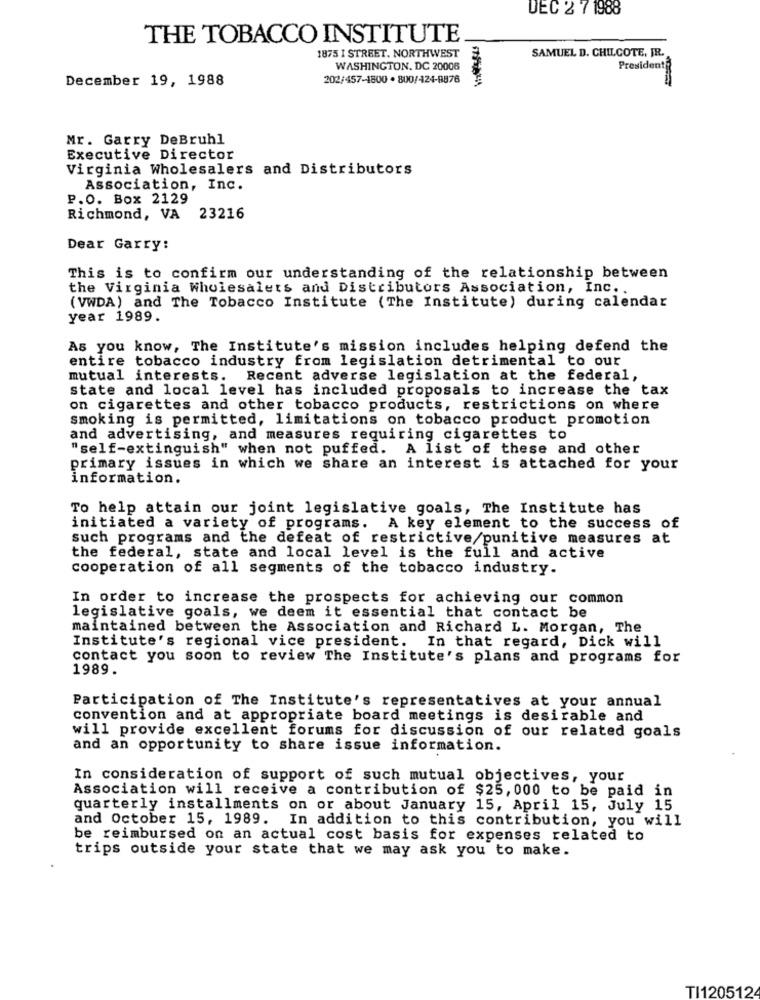
DEC 2 7 1988
THE TOBACCO INSTITUTE
1875 I STREET. NORTHWEST
SAMUEL D. CHILCOTE, JR.
WASHINGTON, DC 20006
President
December 19, 1988
202/457-1800 . 800/424-8876
Mr. Garry DeBruhl
Executive Director
Virginia Wholesalers and Distributors
Association, Inc.
P.O. Box 2129
Richmond, VA
23216
Dear Garry:
This is to confirm our understanding of the relationship between
the Virginia wholesalets and Distributors Association, Inc ..
(VWDA) and The Tobacco Institute (The Institute) during calendar
year 1989.
As you know, The Institute's mission includes helping defend the
entire tobacco industry from legislation detrimental to our
mutual interests. Recent adverse legislation at the federal,
state and local level has included proposals to increase the tax
on cigarettes and other tobacco products, restrictions on where
smoking is permitted, limitations on tobacco product promotion
and advertising, and measures requiring cigarettes to
"self-extinguish" when not puffed. A list of these and other
primary issues in which we share an interest is attached for your
information.
To help attain our joint legislative goals, The Institute has
initiated a variety of programs.
A key element to the success of
such programs and the defeat of restrictive/punitive measures at
the federal, state and local level is the full and active
cooperation of all segments of the tobacco industry.
In order to increase the prospects for achieving our common
legislative goals, we deem it essential that contact be
maintained between the Association and Richard L. Morgan, The
Institute's regional vice president. In that regard, Dick will
contact you soon to review The Institute's plans and programs for
1989.
Participation of The Institute's representatives at your annual
convention and at appropriate board meetings is desirable and
will provide excellent forums for discussion of our related goals
and an opportunity to share issue information.
In consideration of support of such mutual objectives, your
Association will receive a contribution of $25, 000 to be paid in
quarterly installments on or about January 15, April 15, July 15
and October 15, 1989. In addition to this contribution, you will
be reimbursed on an actual cost basis for expenses related to
trips outside your state that we may ask you to make.
TI120512